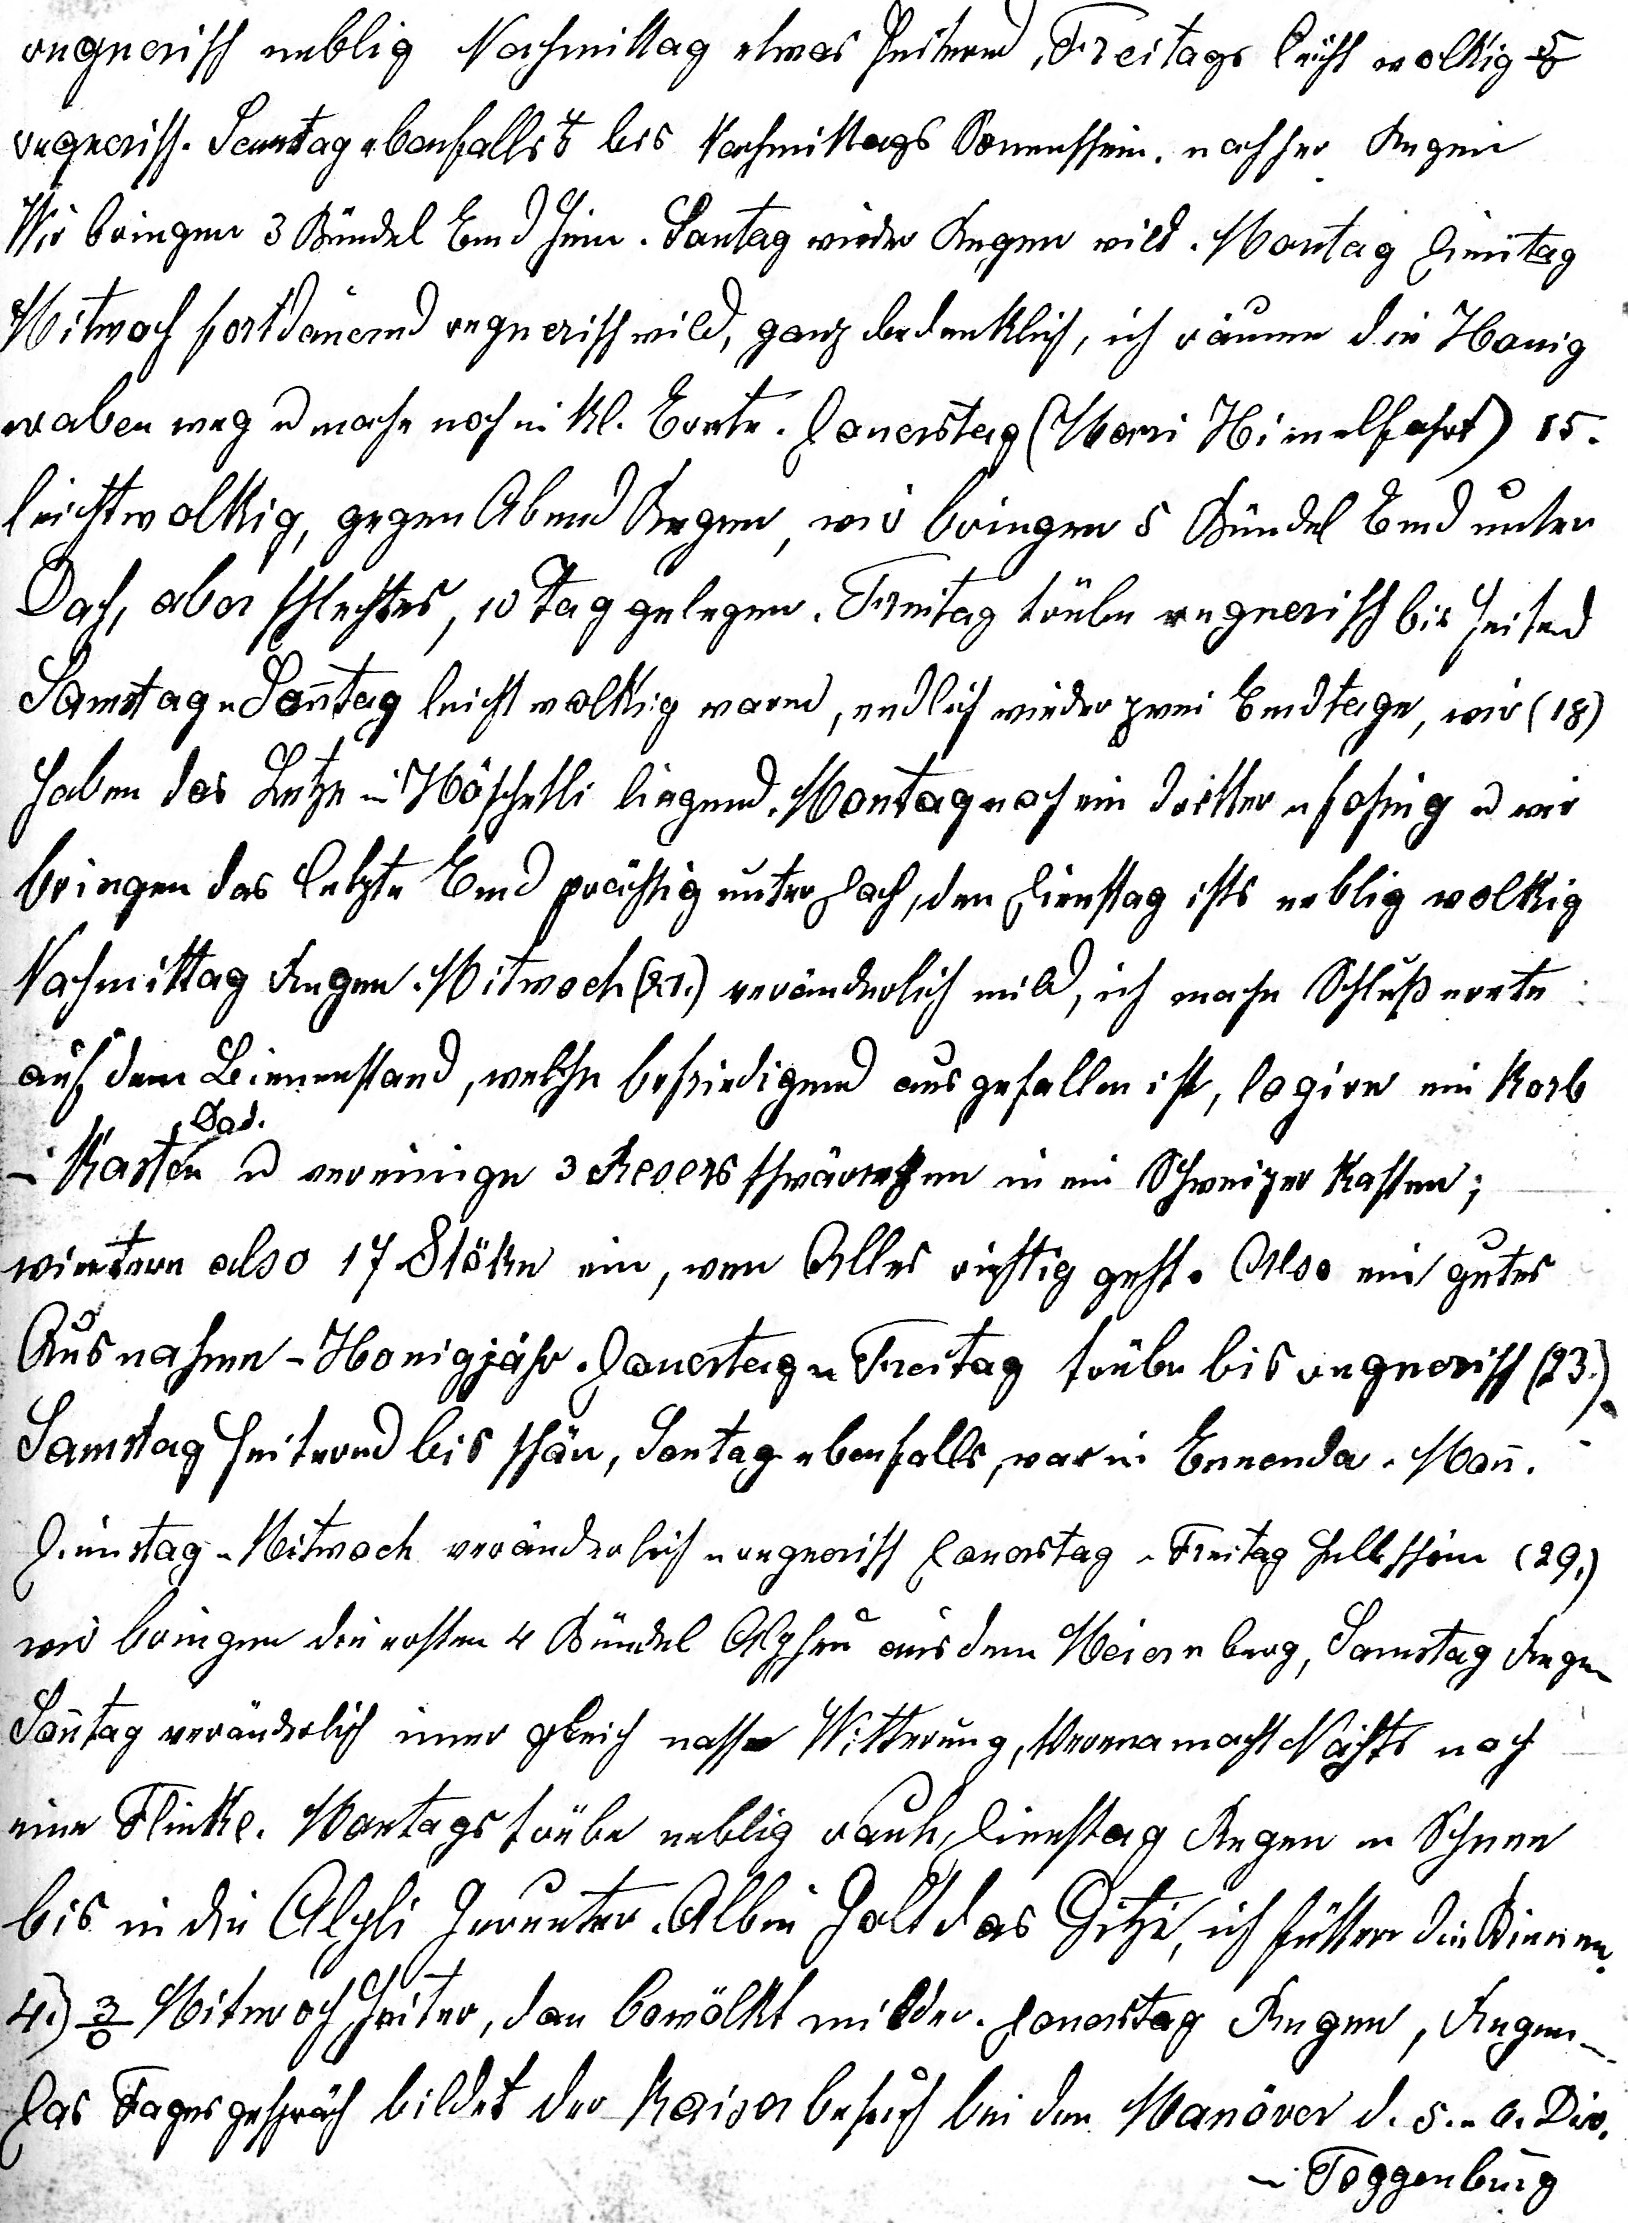
Regnerisch neblig Nachmittags etwas heiternd, Freitags leicht wolkig 5o
regnerisch. Samstag ebenfalls 4o bis Nachmittags Sonenschein, nachher Regen.
Wir bringen 3 Bündel Emd heim. Sontag wieder Regen wild Montag, Dienstag
Mitwoch fortwährend regnerisch mild, ganz bedenklich, ich räume die Honig
waben weg u mache noch eine kleine Ernte. Donerstag (Mari Himelfahrt) 15.
leicht wolkig, gegen Abend Regen, wir bringen 5 Bündel Emd unter
Dach, aber schlech¬tes, 10 Tag gelegen. Freitag trübe regnerisch bis heiternd
Samstag u Sontag leicht wolkig warm, endlich wieder zwei Emdtage, wir (18.)
haben das Letzte im Höschetli liegend. Montag noch ein dritter u föhnig u wir
bringen das letzte Emd prächtig unter Dach, dan Dienstag ists neblig wolkig
Nachmittag Regen. Mitwoch (21.) veränderlich mild. Ich mache Schlussernte auf
dem Bienenstand, welche befriedigend ausgefallen ist, logire ein Korb
(Dad.)
im Kasten  u vereinige 3 Revers¬schwärme in ein Schweizer Kasten;
wintere also 17 Stöke ein, wen Alles richtig geht. Also ein gutes
Ausnahme-Honigjahr. Donerstag u Freitag trübe bis regnerisch (23.)
Samstag heiternd bis schön, Sontag ebenfalls, war in Ennenda. Mon.
Dienstag u Mitwoch veränderlich regnerisch Donerstag u Freitag hell schön 29.
Wir bringen die ersten Bündel Alpheu aus dem Meiernberg, Samstag Regen
Sonntag veränderlich immer gleich nasse Witterung, Verena macht Nachts noch
eine Flinke. Montags trübe neblig rauh, Dienstag Regen u Schnee
bis in die Alpli herunter. Albin holt das Gitzi, ich füttere die Bienen.
     4. 3o Mitwoch heiter, dan be¬wölkt milde. Donerstag Regen, Regen.
     Das Tagesgespräch bildet der Kaiserbesuch bei den Manöver d. 5. u d. 6. Div.
     Im Toggenburg.